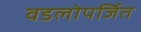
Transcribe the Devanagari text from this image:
वडलोपर्जित